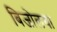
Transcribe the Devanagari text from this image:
बिजोलया